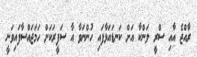
ރާއްޖެ އާއި ސްރީ ލަންކާ އަށް ކަނޑައަޅާފައި ހުންނަވާ އާ ސަފީރަކަށް ހަމަޖައްސާފައިވަނީ